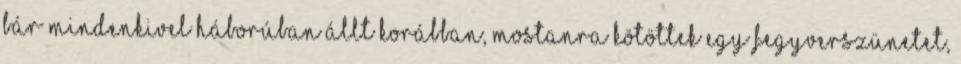
bár mindenkivel háborúban állt korábban, mostanra kötöttek egy fegyverszünetet,